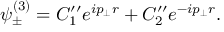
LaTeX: \psi _ { \pm } ^ { ( 3 ) } = C _ { 1 } ^ { \prime \prime } e ^ { i p _ { \bot } r } + C _ { 2 } ^ { \prime \prime } e ^ { - i p _ { \bot } r } .